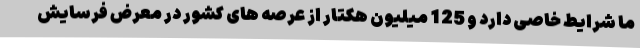
ما شرایط خاصی دارد و 125 میلیون هکتار از عرصه های کشور در معرض فرسایش